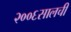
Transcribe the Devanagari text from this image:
२००६सालची